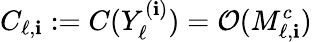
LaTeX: C_{\ell,\mathbf{i}}:=C(Y_{\ell}^{(\mathbf{i})})=\mathcal{{O}}(M_{\ell,\mathbf{i}}^{c})